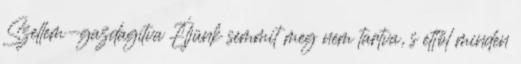
Szellem-gazdagítva Éljünk semmit meg nem tartva, s ettől minden